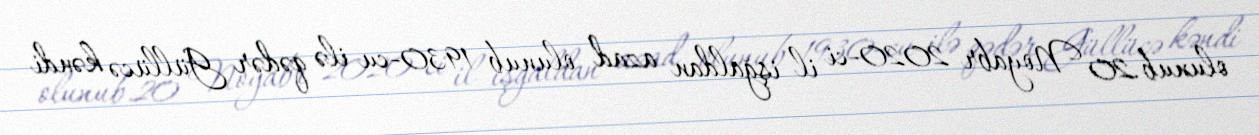
olunub.20 Noyabr 2020-ci il işğaldan azad olunub 1930-cu ilə qədər Güllücə kəndi